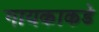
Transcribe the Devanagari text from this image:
गायकाकडे